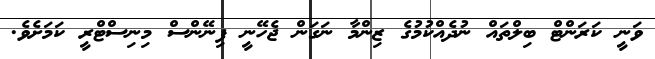
ވަނީ ކަރަންޓް ބިލްތައް ނުދެއްކުމުގެ ޒިންމާ ނަގަން ޖެހޭނީ ފިނޭންސް މިނިސްޓްރީ ކަމަށެވެ.